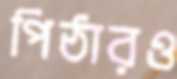
পিঠারও